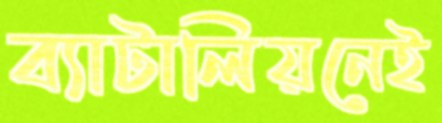
ব্যাটালিয়নেই